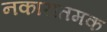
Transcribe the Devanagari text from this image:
नकारातमक